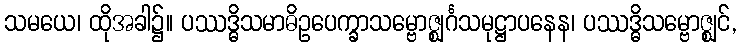
သမယေ၊ ထိုအခါ၌။ ပဿဒ္ဓိသမာဓိဥပေက္ခာသမ္ဗောဇ္ဈင်္ဂသမုဋ္ဌာပနေန၊ ပဿဒ္ဓိသမ္ဗောဇ္ဈင်,